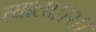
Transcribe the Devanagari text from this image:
त्याला।।२।।